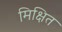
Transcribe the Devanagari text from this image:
मिक्षित